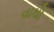
વાઘો